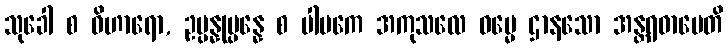
သုခေါ စ ဝိဟာရော, ဥပ္ပန္နုပ္ပန္နေ စ ပါပကေ အကုသလေ ဓမ္မေ ဌာနသော အန္တရဓာပေတိ